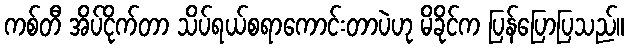
ကစ်တီ အိပ်ငိုက်တာ သိပ်ရယ်စရာကောင်းတာပဲဟု မိခိုင်က ပြန်ပြောပြသည်။